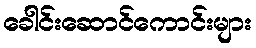
ခေါင်းဆောင်ကောင်းများ